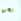
نحن